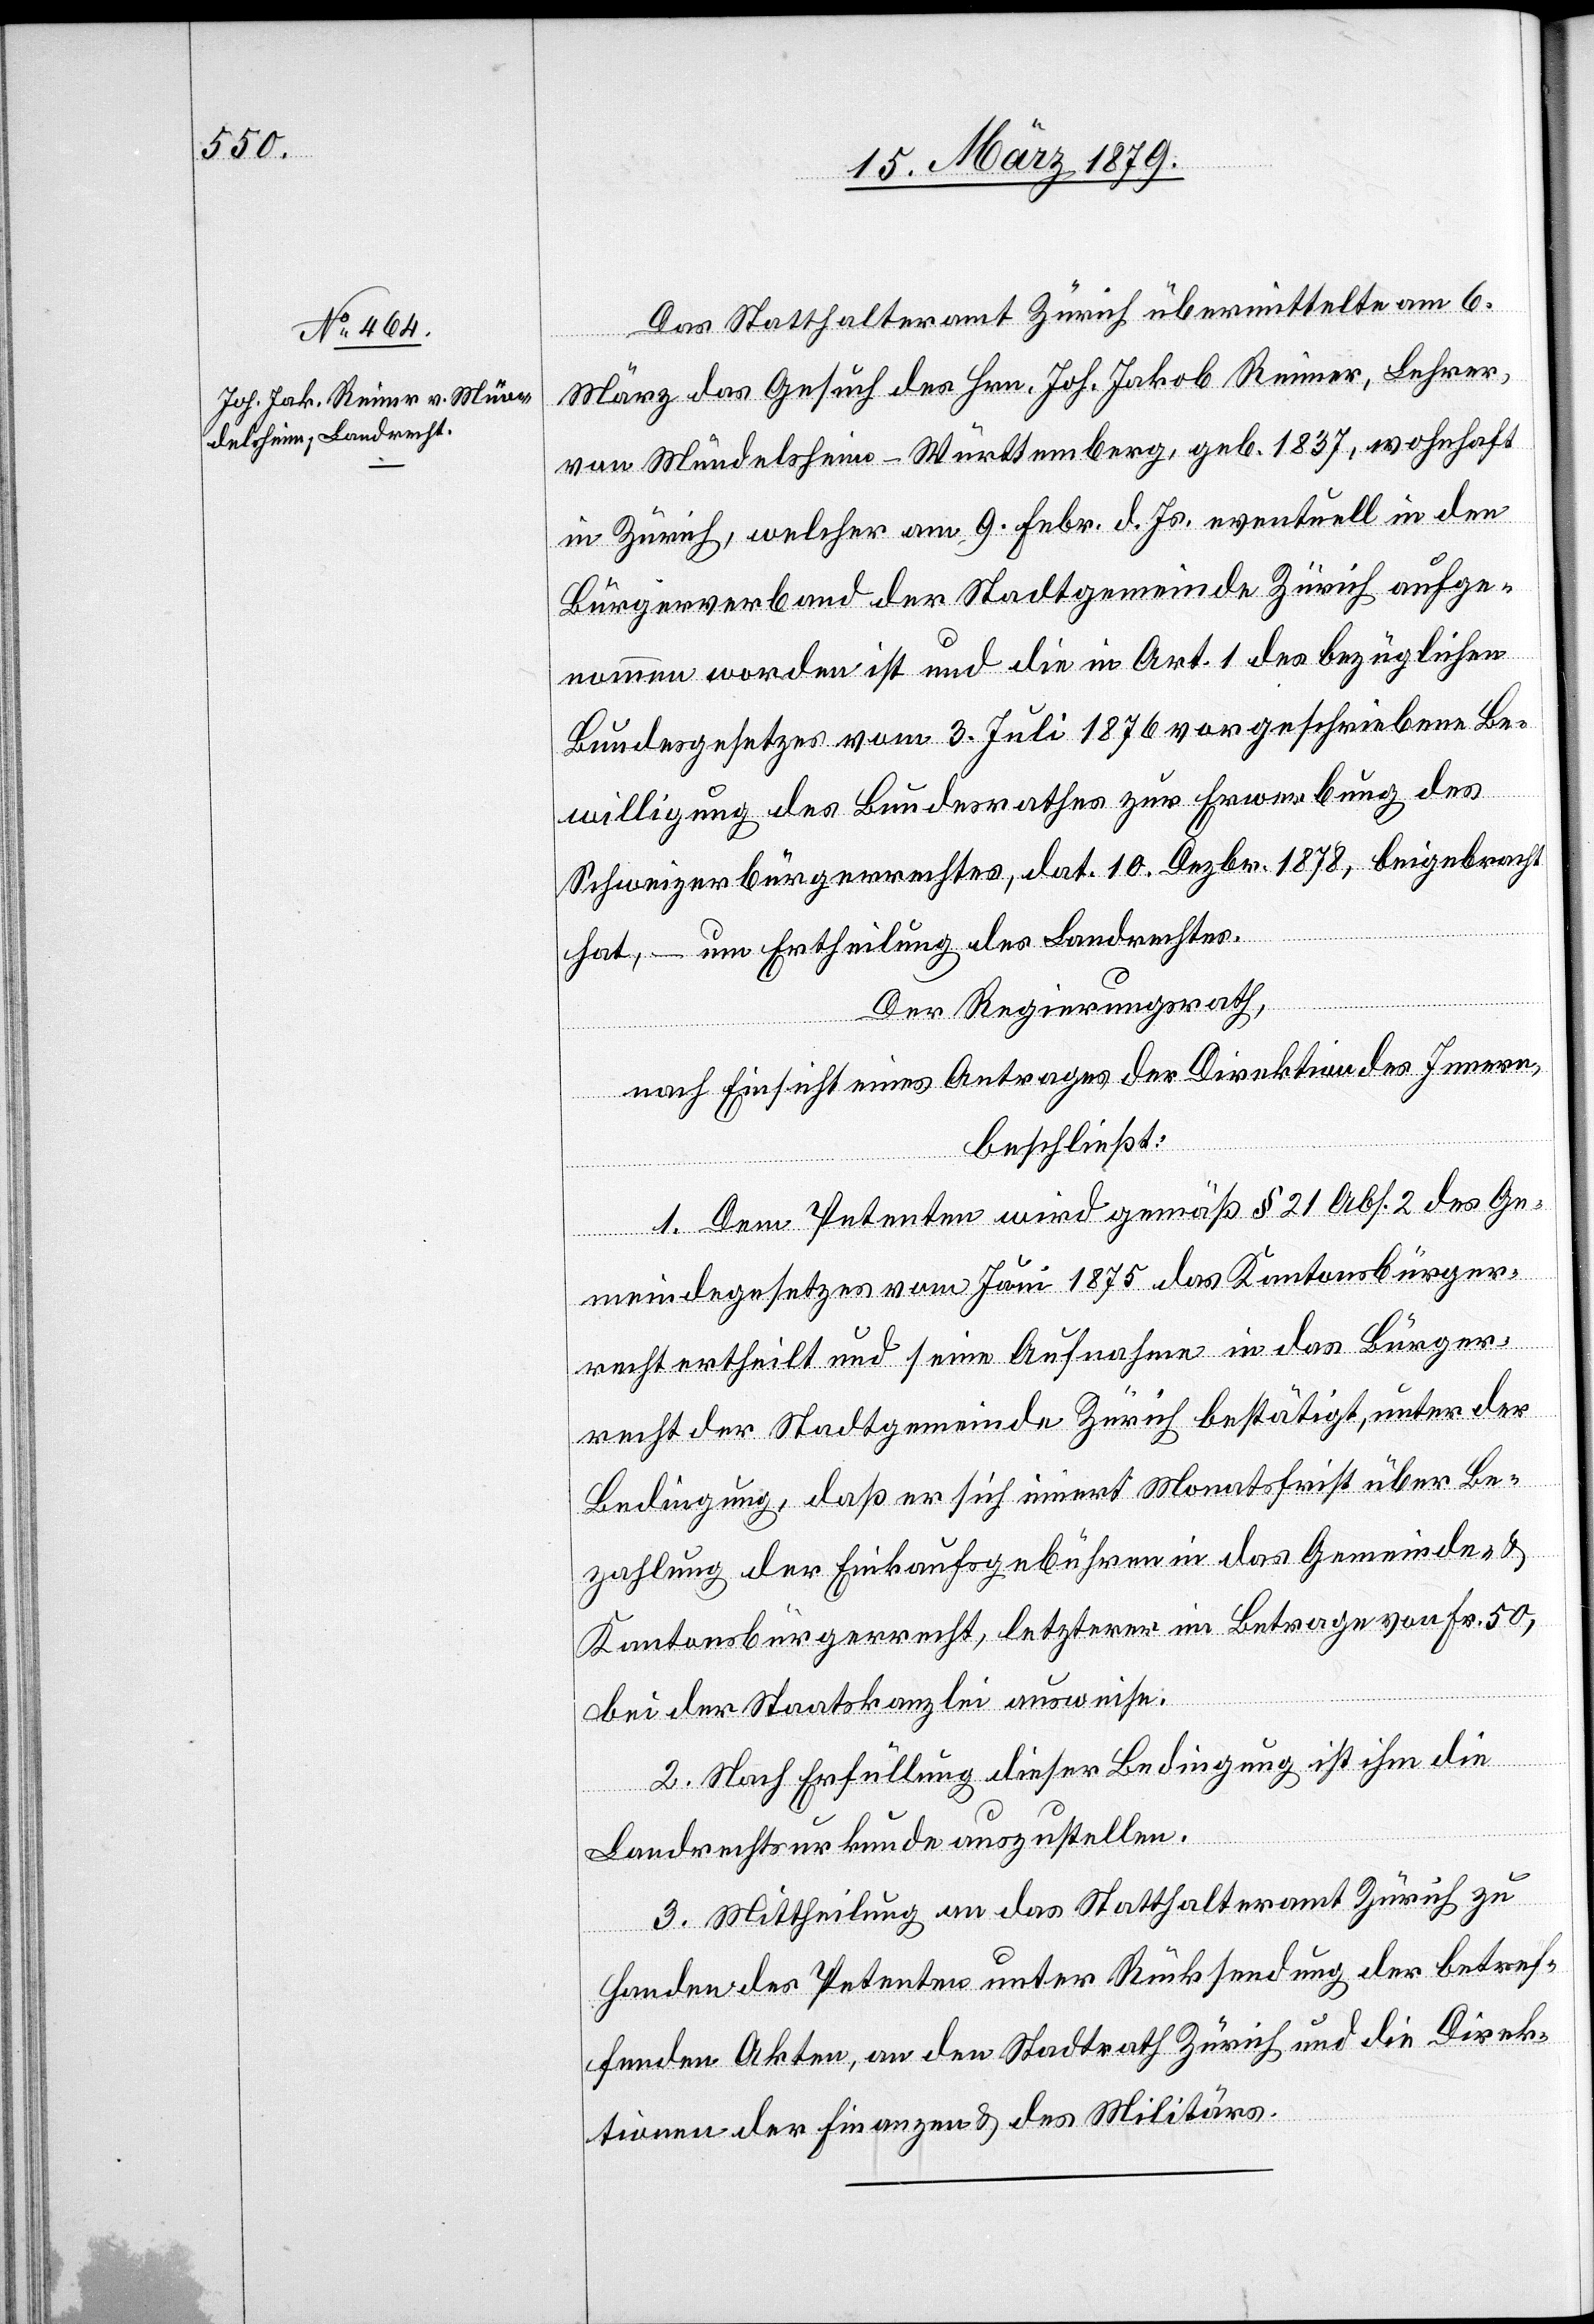
Das Statthalteramt Zürich übermittelte am 6.
März das Gesuch des Hrn. Joh. Jakob Reimer, Lehrer,
von Mündelsheim - Württemberg, geb. 1837, wohnhaft
in Zürich, welcher am 9. Febr. d. Js. eventuell in den
Bürgerverband der Stadtgemeinde Zürich aufge¬
nommen worden ist und die in Art. 1 des bezüglichen
Bundesgesetzes vom 3. Juli 1876 vorgeschriebene Be¬
willigung des Bundesrathes zur Erwerbung des
Schweizerbürgerrechtes, dat. 10. Dezbr. 1878, beigebracht
hat, – um Ertheilung des Landrechtes.
Der Regierungsrath,
nach Einsicht eines Antrages der Direktion des Innern,
beschließt:
1. Dem Petenten wird gemäß § 21 Abs. 2 des Ge¬
meindegesetzes vom Juni 1875 das Kantonsbürger¬
recht ertheilt und seine Aufnahme in das Bürger¬
recht der Stadtgemeinde Zürich bestätigt, unter der
Bedingung, daß er sich innert Monatsfrist über Be¬
zahlung der Einkaufsgebühren in das Gemeinde- &
Kantonsbürgerrecht, letzterer im Betrage von Fr. 50,
bei der Staatskanzlei ausweise.
2. Nach Erfüllung dieser Bedingung ist ihm die
Landrechtsurkunde auszustellen.
3. Mittheilung an das Statthalteramt Zürich zu
Handen des Petenten unter Rücksendung der betref¬
fenden Akten, an den Stadtrath Zürich und an die Direk¬
tionen der Finanzen und des Militärs.